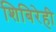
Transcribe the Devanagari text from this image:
शिबिरेही